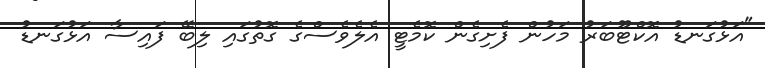
"އަޅުގަނޑު އޮކްޓޫބަރު މަހުން ފެށިގެން ކޮމެޓީ އެލެވެސްގެ ގޮތުގައި ލިބޭ ފައިސާ އަޅުގަނޑު